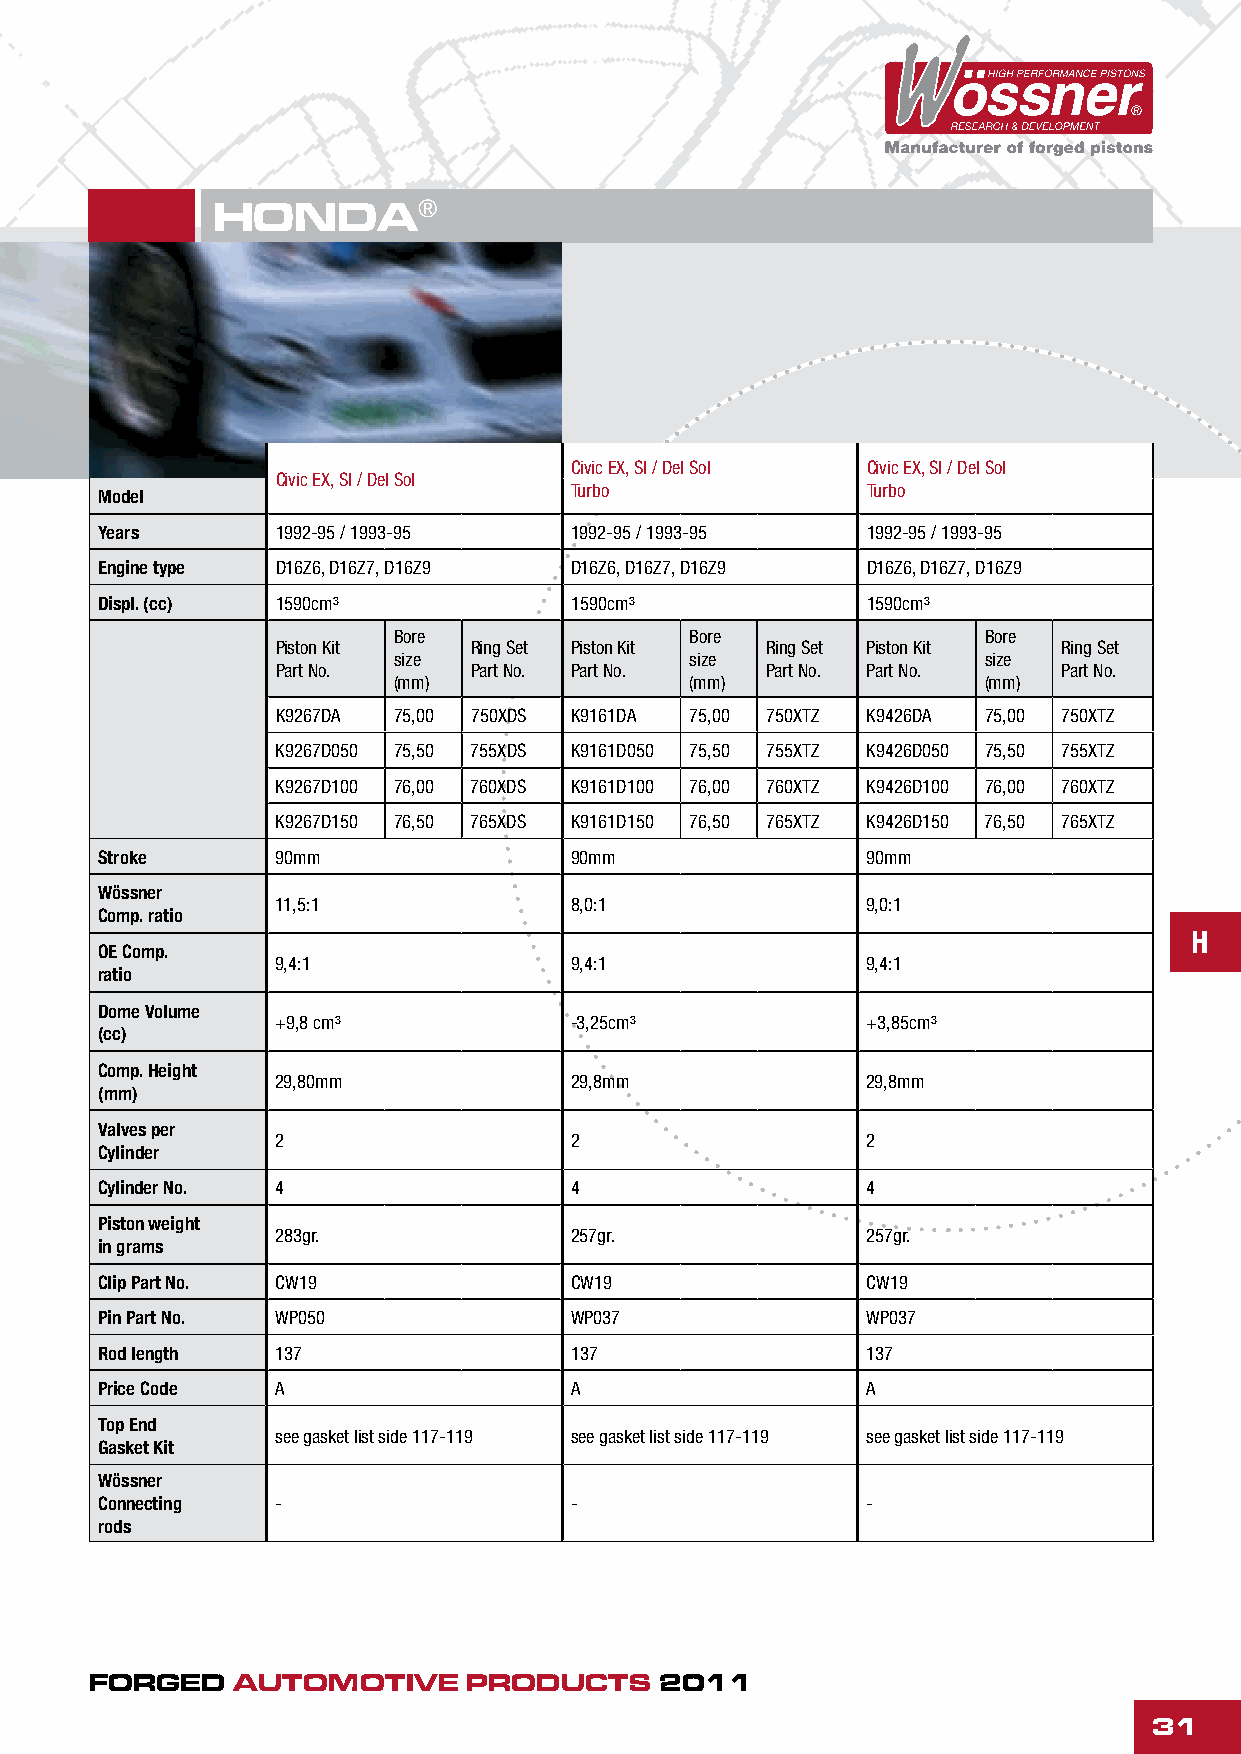
HONDA®
 Civic EX, SI / Del Sol Civic EX, SI / Del Sol
 Civic EX, SI / Del Sol
 Turbo              Turbo
 Model
 Years      1992-95 / 1993-95   1992-95 / 1993-95  1992-95 / 1993-95
 Engine type D16Z6, D16Z7, D16Z9 D16Z6, D16Z7, D16Z9 D16Z6, D16Z7, D16Z9
 Displ. (cc) 1590cm³            1590cm³            1590cm³
 Bore                Bore               Bore
 Piston Kit   Ring Set Piston Kit Ring Set Piston Kit Ring Set
 size                size               size
 Part No.     Part No. Part No.   Part No. Part No.  Part No.
 (mm)                (mm)               (mm)
 K9267DA 75,00 750XDS K9161DA 75,00 750XTZ K9426DA 75,00 750XTZ
 K9267D050 75,50 755XDS K9161D050 75,50 755XTZ K9426D050 75,50 755XTZ
 K9267D100 76,00 760XDS K9161D100 76,00 760XTZ K9426D100 76,00 760XTZ
 K9267D150 76,50 765XDS K9161D150 76,50 765XTZ K9426D150 76,50 765XTZ
 Stroke      90mm                90mm               90mm
 Wössner
 11,5:1              8,0:1              9,0:1
 Comp. ratio
 H
 OE Comp.
 9,4:1               9,4:1              9,4:1
 ratio
 Dome Volume
 +9,8 cm³            -3,25cm³           +3,85cm³
 (cc)
 Comp. Height
 29,80mm             29,8mm             29,8mm
 (mm)
 Valves per
 2                   2                  2
 Cylinder
 Cylinder No. 4                  4                  4
 Piston weight
 283gr.              257gr.             257gr.
 in grams
 Clip Part No. CW19              CW19               CW19
 Pin Part No. WP050              WP037              WP037
 Rod length  137                 137                137
 Price Code  A                   A                  A
 Top End
 see gasket list side 117-119 see gasket list side 117-119 see gasket list side 117-119
 Gasket Kit
 Wössner
 Connecting  -                   -                  -
 rods
 FORGED   AUTOMOTIVE      PRODUCTS     2011
 31